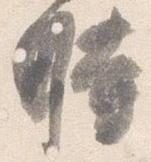
時